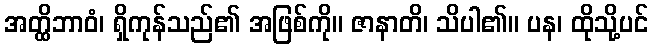
အတ္ထိဘာဝံ၊ ရှိကုန်သည်၏ အဖြစ်ကို။ ဇာနာတိ၊ သိပါ၏။ ပန၊ ထိုသို့ပင်